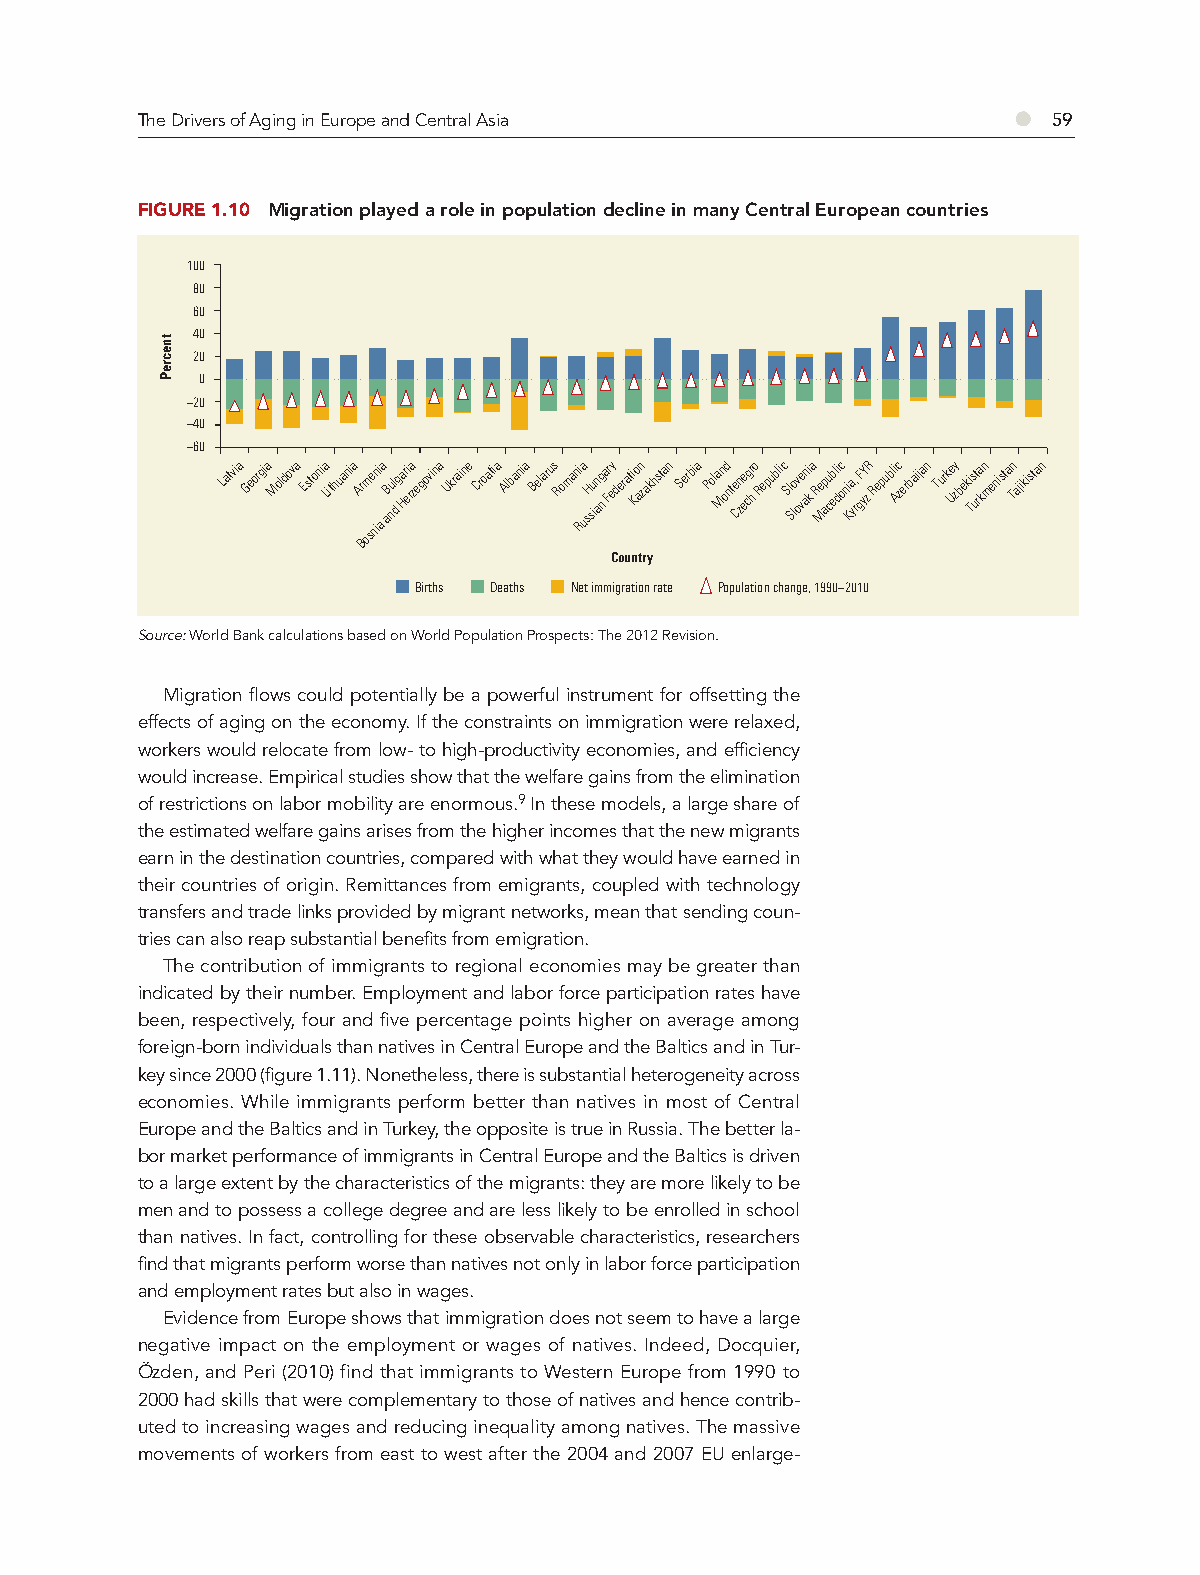
The Drivers of Aging in Europe and Central Asia           ●  59
 FIGURE 1.10 Migration played a role in population decline in many Central European countries
 100
 80
 60
 40
 20
 0
 –20
 –40
 –60
 Latvia Georgia Moldova Estonia Lithuania Ar Bom se nini
 a
 a aB nul
 d
 ga Hr ei ra zegovina Ukraine Croatia Albania Belarus Romani Ra usH su in ag
 n
 a Fr ey derati Ko an zakhstan Serbia Pola Mn od nte Czn ee cgr
 h
 o Republic Sl Slo ov ve ani
 k
 a Re Mp acu ebl dic oni Ka y,
 r
 gF yY
 z
 R Republi Ac zerbaijan Turk Ue zy beki Ts ut ra kn menista Tn ajikistan
 Country
 Births Deaths Net immigration rate Population change, 1990–2010
 Source: World Bank calculations based on World Population Prospects: The 2012 Revision.
 Migration flows could potentially be a powerful instrument for offsetting the
 effects of aging on the economy. If the constraints on immigration were relaxed,
 workers would relocate from low- to high-productivity economies, and efficiency
 would increase. Empirical studies show that the welfare gains from the elimination
 of restrictions on labor mobility are enormous.9 In these models, a large share of
 the estimated welfare gains arises from the higher incomes that the new migrants
 earn in the destination countries, compared with what they would have earned in
 their countries of origin. Remittances from emigrants, coupled with technology
 transfers and trade links provided by migrant networks, mean that sending coun-
 tries can also reap substantial benefits from emigration.
 The contribution of immigrants to regional economies may be greater than
 indicated by their number. Employment and labor force participation rates have
 been, respectively, four and five percentage points higher on average among
 foreign-born individuals than natives in Central Europe and the Baltics and in Tur-
 key since 2000 (figure 1.11). Nonetheless, there is substantial heterogeneity across
 economies. While immigrants perform better than natives in most of Central
 Europe and the Baltics and in Turkey, the opposite is true in Russia. The better la-
 bor market performance of immigrants in Central Europe and the Baltics is driven
 to a large extent by the characteristics of the migrants: they are more likely to be
 men and to possess a college degree and are less likely to be enrolled in school
 than natives. In fact, controlling for these observable characteristics, researchers
 find that migrants perform worse than natives not only in labor force participation
 and employment rates but also in wages.
 Evidence from Europe shows that immigration does not seem to have a large
 negative impact on the employment or wages of natives. Indeed, Docquier,
 Özden, and Peri (2010) find that immigrants to Western Europe from 1990 to
 2000 had skills that were complementary to those of natives and hence contrib-
 uted to increasing wages and reducing inequality among natives. The massive
 movements of workers from east to west after the 2004 and 2007 EU enlarge-
 tnecreP